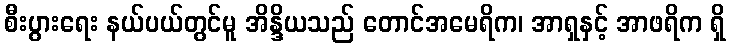
စီးပွားရေး နယ်ပယ်တွင်မူ အိန္ဒိယသည် တောင်အမေရိက၊ အာရှနှင့် အာဖရိက ရှိ